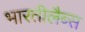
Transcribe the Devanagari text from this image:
भारतीलैब्स